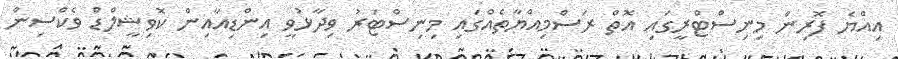
އިއްޔެ ފޮރިން މިނިސްޓްރީގައި އޮތް ރަސްމިއްޔާތެއްގައި މިނިސްޓަރު ވިދާޅުވީ އިންޑިއާއިން ކޮވިޝީލްޑް ވެކްސިން